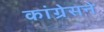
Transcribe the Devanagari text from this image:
कांग्रेसने